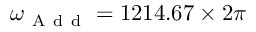
\omega _ { \mathrm { ~ A ~ d ~ d ~ } } = 1 2 1 4 . 6 7 \times 2 \pi